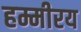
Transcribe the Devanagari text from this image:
हम्मीरय